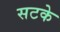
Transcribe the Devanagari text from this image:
सटके